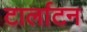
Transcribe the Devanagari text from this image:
टार्लाटन